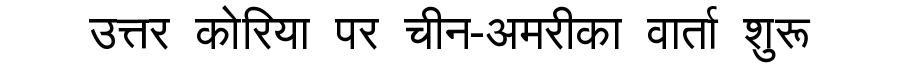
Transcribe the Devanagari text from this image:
उत्तर कोरिया पर चीन-अमरीका वार्ता शुरू